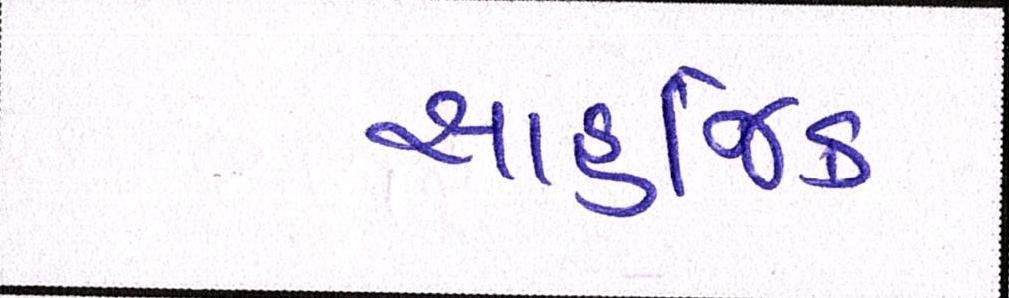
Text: સાહજિક